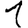
Digit: 1